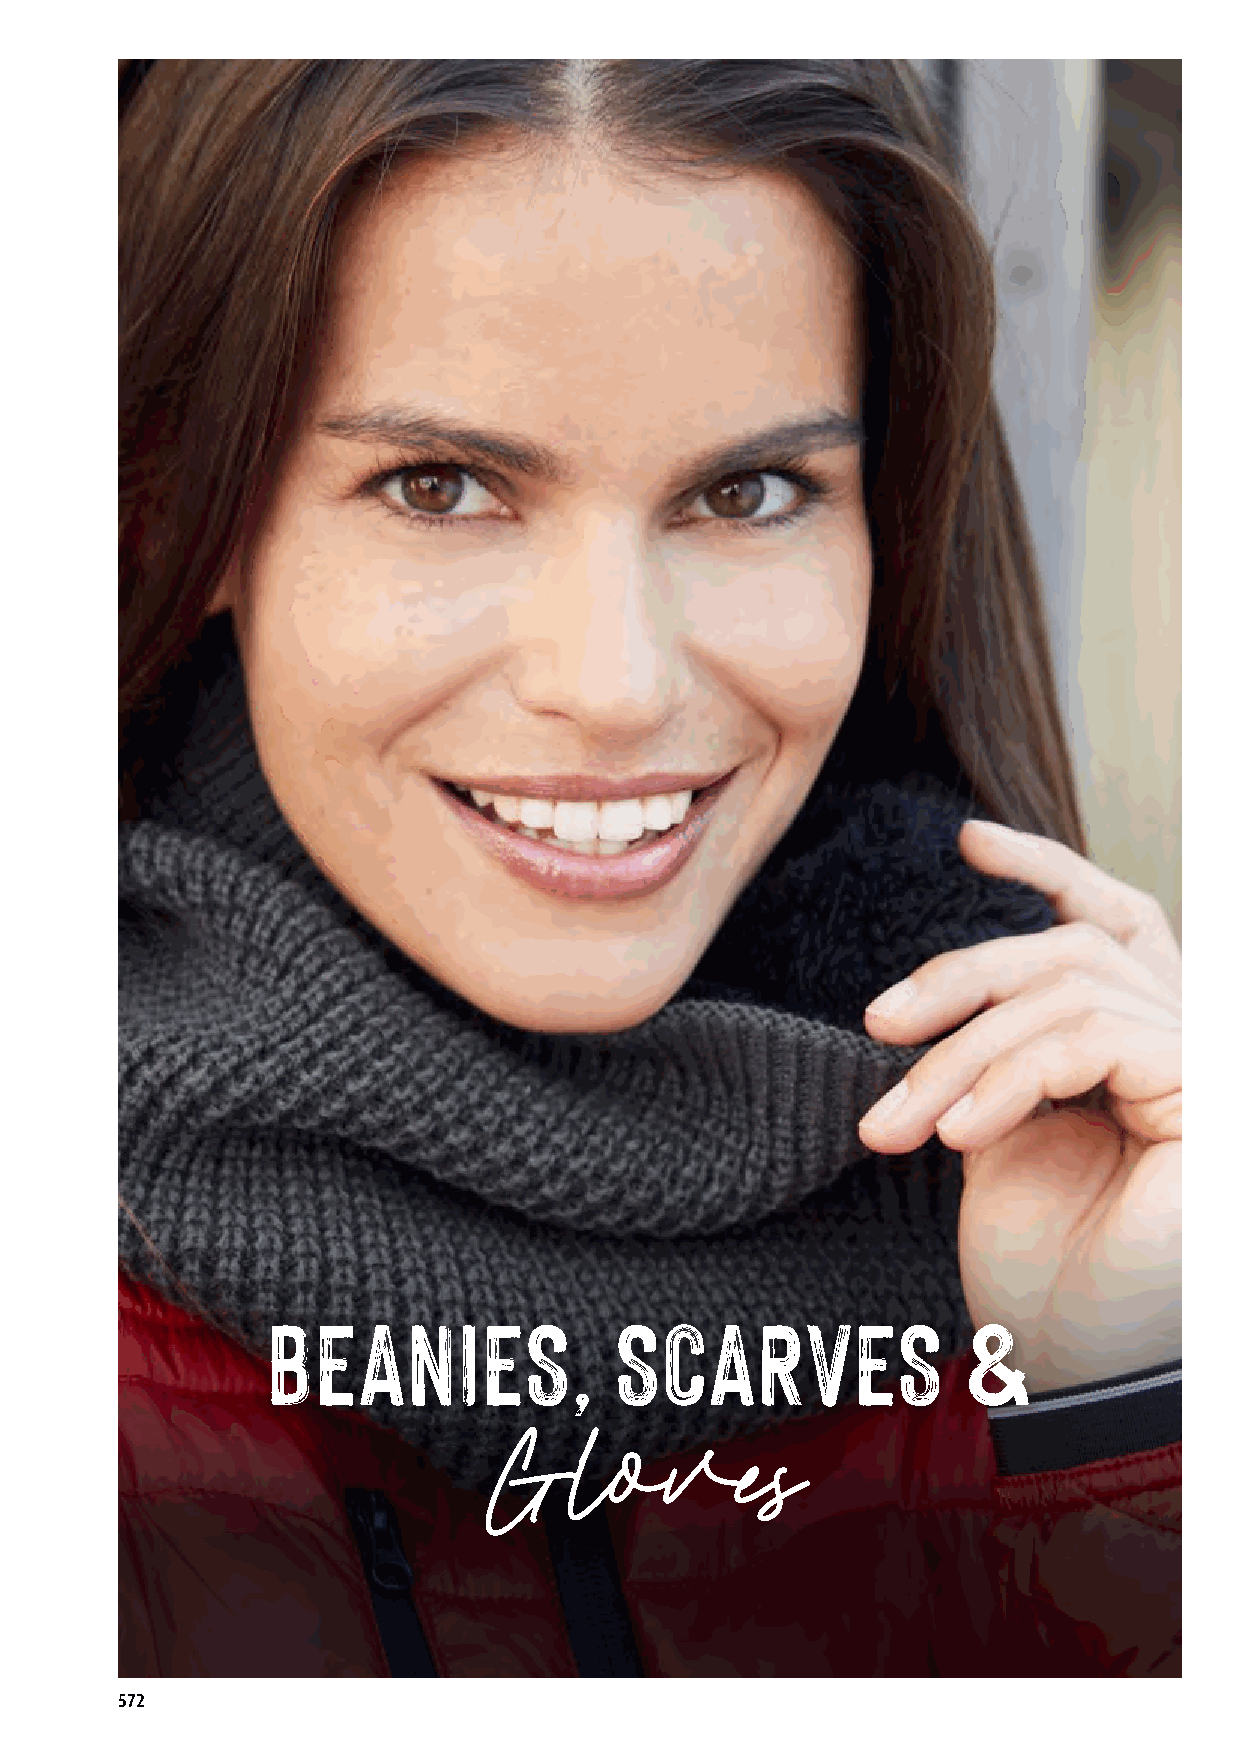
BEANIES,               SCARVES                &
 Gloves
 572